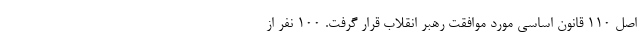
اصل ۱۱۰ قانون اساسی مورد موافقت رهبر انقلاب قرار گرفت. ۱۰۰ نفر از